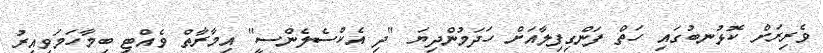
ވެރިރަށް ކޮޅުނބުގައި ހަތް ފަންގިފިލާއަށް ހަދަމުންދިޔަ "ދި އެކްސެލެންސީ" އިމާރާތް ވެއްޓި ބިމާހަމަވިއިރު